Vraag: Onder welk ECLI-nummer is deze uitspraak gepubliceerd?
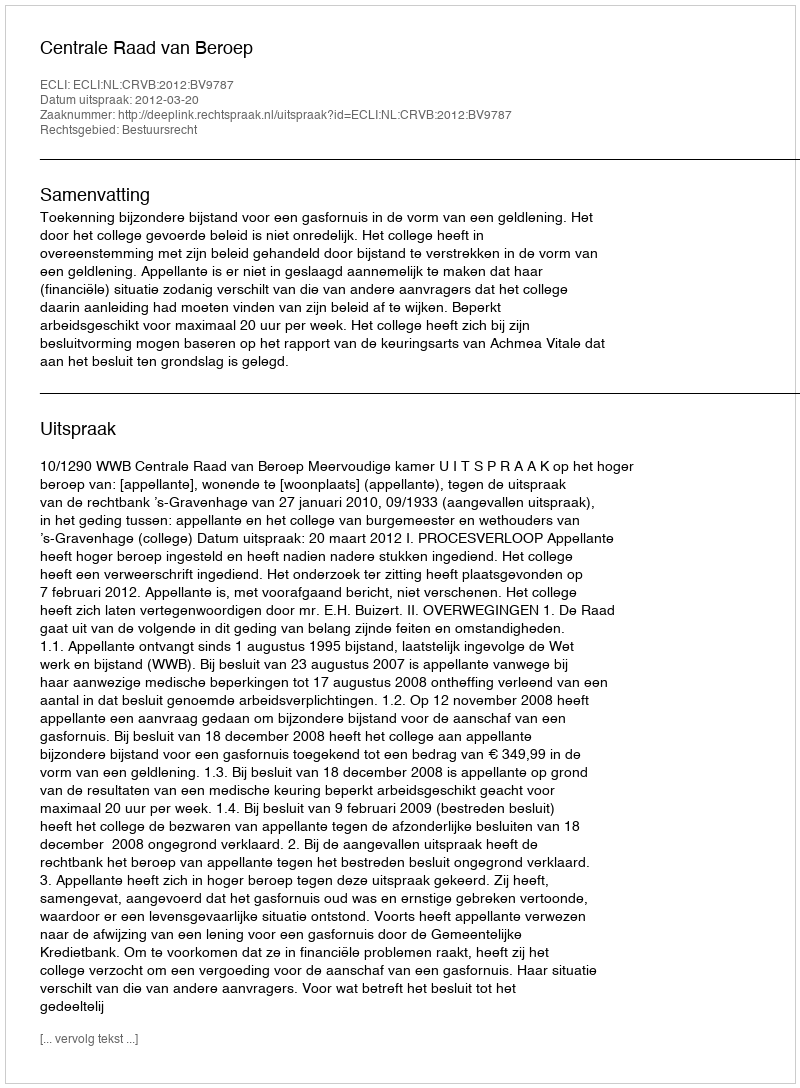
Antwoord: ECLI:NL:CRVB:2012:BV9787